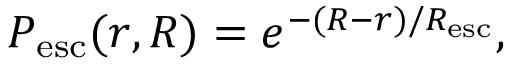
P _ { \mathrm { e s c } } ( r , R ) = e ^ { - ( R - r ) / R _ { \mathrm { e s c } } } ,